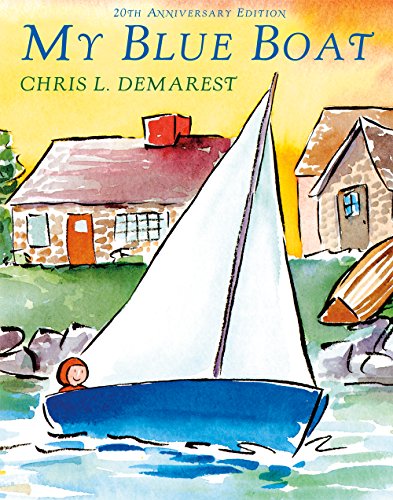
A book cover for My Blue Boat; Chris L. Demarest; Children's Books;